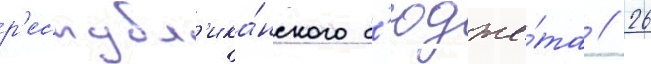
р'еспубл'ика́нского б'юдже́та // 26